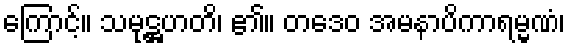
ကြောင့်။ သမုဋ္ဌဟတိ၊ ၏။ တဒေဝ အမနာပိကာရမ္မဏံ၊